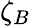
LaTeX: \zeta_{B}